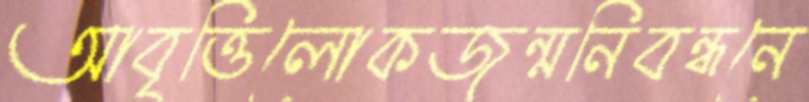
আবৃত্তিলোকজন্মনিবন্ধনে